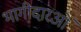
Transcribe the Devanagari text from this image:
भागीदारओं